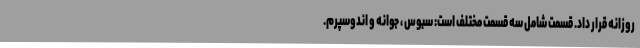
روزانه قرار داد. قسمت شامل سه قسمت مختلف است: سبوس ، جوانه و اندوسپرم.